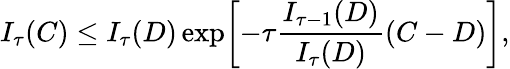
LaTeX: I_{\tau}(C)\le I_{\tau}(D)\exp\! \left[-\tau{\frac{I_{\tau-1}(D)}{I_{\tau}(D)}}(C-D)\right],